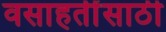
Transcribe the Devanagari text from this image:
वसाहतींसाठी